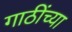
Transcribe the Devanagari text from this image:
गाठींच्या